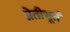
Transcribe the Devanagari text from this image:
प्रेतीभूतं